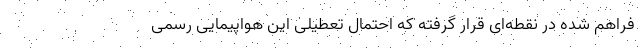
فراهم شده در نقطه‌ای قرار گرفته که احتمال تعطیلی این هواپیمایی رسمی